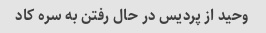
وحید از پردیس در حال رفتن به سره کاد